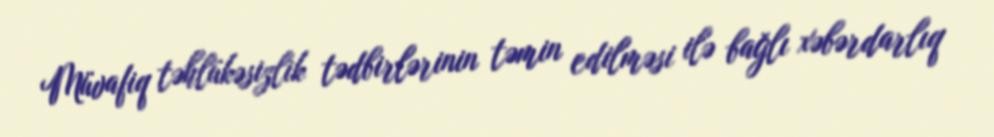
Müvafiq təhlükəsizlik tədbirlərinin təmin edilməsi ilə bağlı xəbərdarlıq